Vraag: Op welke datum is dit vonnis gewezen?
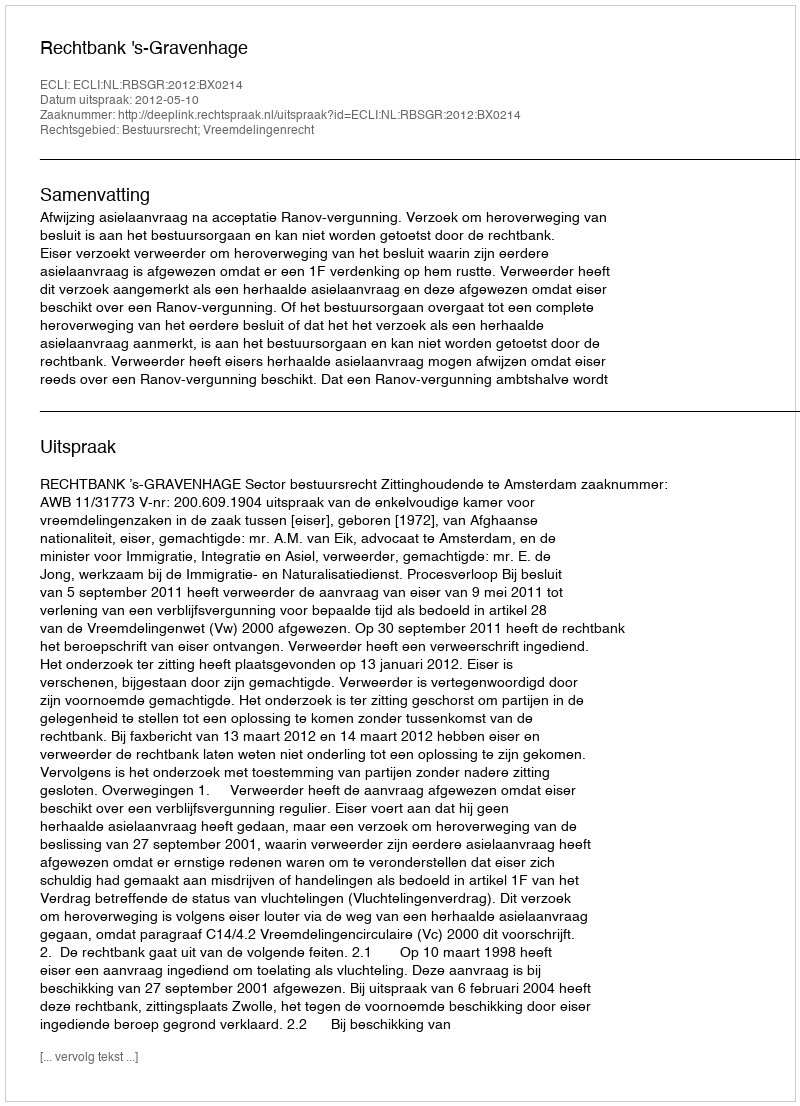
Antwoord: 2012-05-10